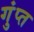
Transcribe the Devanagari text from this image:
गुंप्त